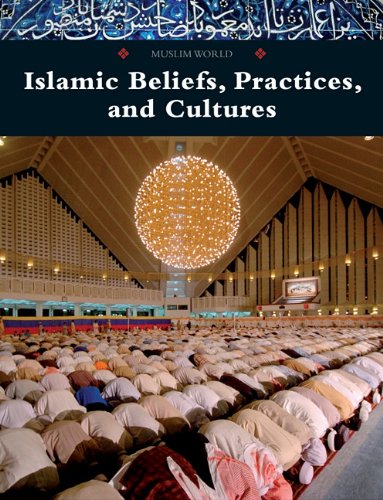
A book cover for Islamic Beliefs, Practices, and Cultures (Muslim World); Not Available (NA); Teen & Young Adult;